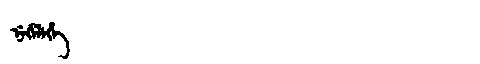
Manchu: ᠨᡝᡤᡝᠯᡝᡥᡝ
Romanization: NEGELEHE